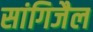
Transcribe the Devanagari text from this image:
सांगिजैल